Lunatic asylums in Bengal annual reports 1912-1924 - 1912-1924
Year: 1912
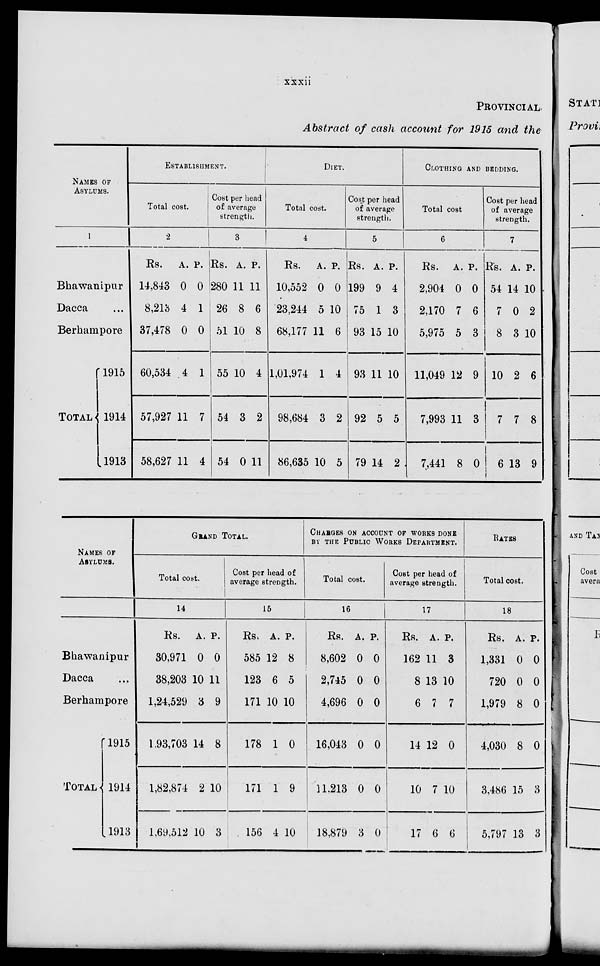
xxxii
PROVINCIAL
Abstract of cash account for 1915 and the
NAMES OF
ASYLUMS.
1
Bhawanipur
Dacca ....
Berhampore
TOTAL
1915
1914
1913
ESTABLISHMENT.
Total cost.
2
Rs.
14,843
8,213
37,478
60,534
57,927
58,627
A.
0
4
0
4
11
11
P.
0
1
0
1
7
4
Cost per head
of average
strength.
3
Rs.
280
26
51
55
54
54
A.
11
8
10
10
3
0
P.
11
6
8
4
2
11
DIET.
Total cost.
4
Rs.
10,552
23,244
68,177
1,01,974
98,684
86,635
A.
0
5
11
1
3
10
P.
0
10
6
4
2
5
Cost per head
of average
strength.
5
Rs.
199
75
93
93
92
79
A.
9
1
15
11
5
14
P.
4
3
10
10
5
2
CLOTHING AND BEDDING.
Total cost
6
Rs.
2,904
2,170
5,975
11,049
7,993
7,441
A.
0
7
5
12
11
8
P.
0
6
3
9
3
0
Cost per head
of average
strength.
7
Rs.
54
7
8
10
7
6
A.
14
0
3
2
7
13
P.
10
2
10
6
8
9
NAMES OF
ASYLUMS.
Bhawanipur
Dacca ...
Berhampore
TOTAL
1915
1914
1913
GRAND TOTAL
Total cost.
14
Rs.
30,971
38,203
1,24,529
1,93,703
1,82,874
1,69,512
A.
0
10
3
14
2
10
p.
0
11
9
8
10
3
Cost per head of
average strength.
15
Rs.
585
123
171
178
171
156
A.
12
6
10
1
1
4
P.
8
5
10
0
9
10
CHARGES ON ACCOUNT OF WORKS DONE
BY THE PUBLIC WORKS DEPARTMENT
Total cost.
16
Rs.
8,602
2,745
4,696
16,043
11,213
18,879
A.
0
0
0
0
0
3
P.
0
0
0
0
0
0
Cost per head of
average strength.
17
Rs.
162
8
6
14
10
17
A.
11
13
7
12
7
6
P.
3
10
7
0
10
6
RATES.
Total cost.
18
Rs.
1,331
720
1,979
4,030
3,486
5,797
A.
0
0
8
8
15
13
P.
0
0
0
0
3
3